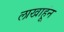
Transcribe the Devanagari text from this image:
लाखाहूंन